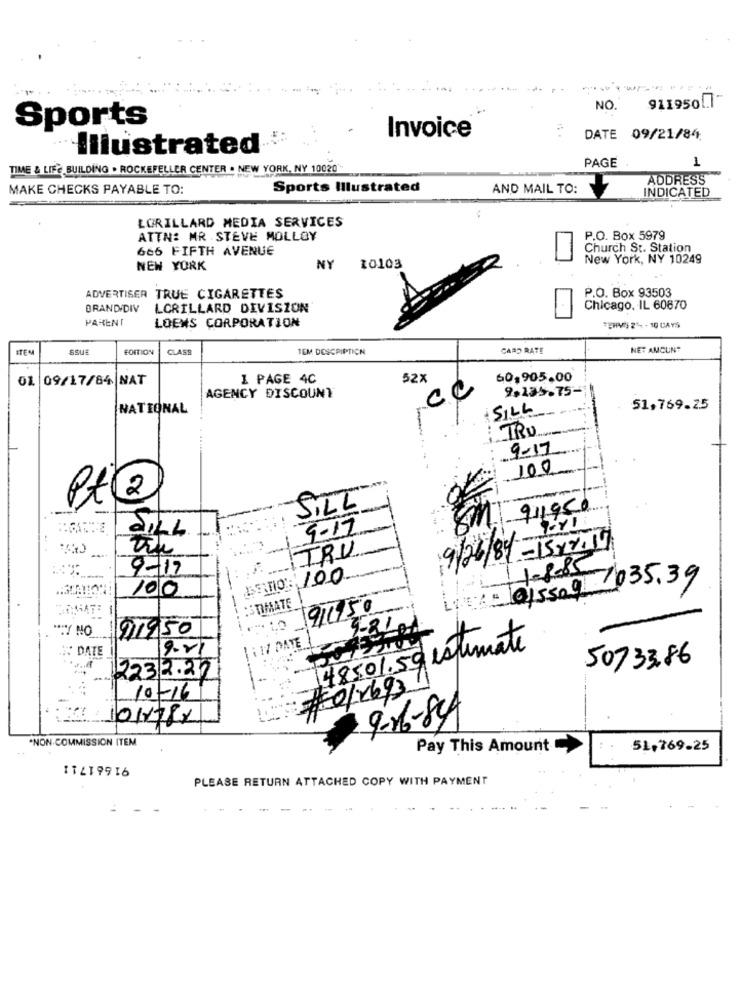
911950[1"
NO.
Sports
Invoice
DATE 09/21/84
Illustrated
1
TIME & LIFE BUILDING . ROCKEFELLER CENTER . NEW YORK, NY 10020-
PAGE
ADDRESS
MAKE CHECKS PAYABLE TO:
Sports Illustrated
AND MAIL TO:
INDICATED
LORILLARD MEDIA SERVICES
ATTN: MR .STEVE MOLLOY
P.O. Box 5979
666 FIFTH AVENUE
Church St. Station
New York, NY 10249
NEW YORK
NY
20103
P.O. Box 93503
ADVERTISER TRUE CIGARETTES
BRAND/DIV
LORILLARD DIVISION
Chicago, IL 60670
PARENT
LOEWS CORPORATION
*HV 2- 1DAYS
ITEM
SSUE
EDITION
CLASS
1CM DESCRIPTION
CARD RATE
NET AMOUNT
01. 09/17/84 NAT
1 PAGE 4C
52%
60,905.00
ce
9,135.75-
AGENCY DISCOUNT
NATIONAL
SILL
51,769.25
TRU
9-17
100
Pt2
SiLL
91195
9-17
JILL
TRU
9/26/84-15x2.17
9-17
1-8-85
BIO: 100
@15509 035.39
100
:STIMATE
9/1150
**. Y NO
91950
9-21
i 17 DATE
148501.59 estimate
DATE
50733.86
2232.22
-
#0/1693
10-16
101178x
9-16-84
*NON-COMMISSION ITEM
Pay This Amount
51,769.25
91661711
PLEASE RETURN ATTACHED COPY WITH PAYMENT